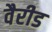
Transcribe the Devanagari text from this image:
वैरीड